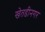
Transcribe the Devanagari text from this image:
खेतडीनगर